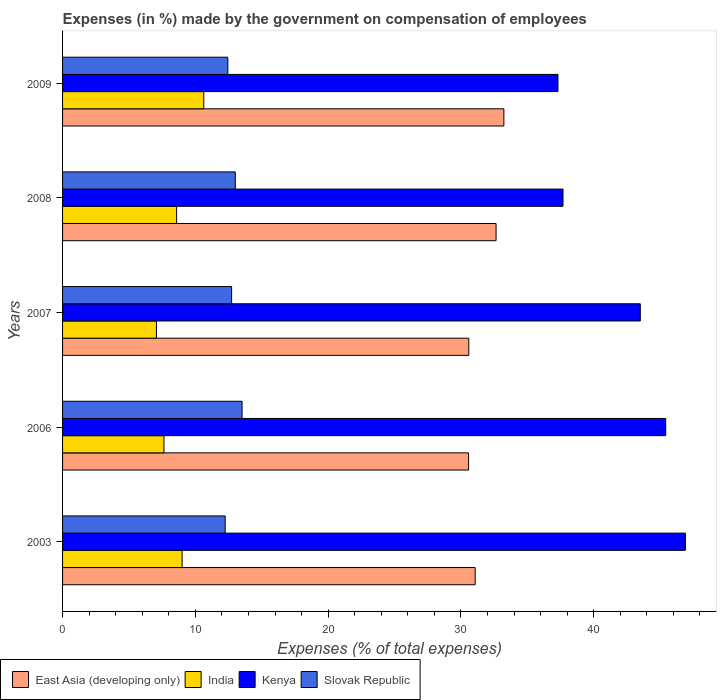
| Years | East Asia (developing only) | India | Kenya | Slovak Republic |
 | --- | --- | --- | --- | --- |
 | 2003 | 31.1 | 9 | 46.9 | 12.2 |
 | 2006 | 30.6 | 7.64 | 45.4 | 13.5 |
 | 2007 | 30.6 | 7.07 | 43.5 | 12.7 |
 | 2008 | 32.6 | 8.59 | 37.7 | 13 |
 | 2009 | 33.2 | 10.6 | 37.3 | 12.4 |